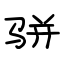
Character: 骈